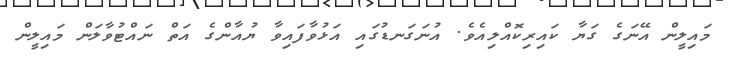
މައިލީން އޭނަގެ ގަޔާ ކައިރިކޮއްލިއެވެ. އުނަގަނޑުގައި އަޅުވާފައިވާ ޔުއާންގެ އަތް ނައްޓުވާލަން މައިލީން